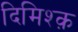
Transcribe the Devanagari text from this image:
दिमिश्क़